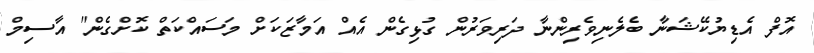
އޮފް އެޑިޔުކޭޝަނާ ބެލެނިވެރިންނާ ދަރިވަރުން ގުޅިގެން އެއް އަމާޒަކަށް މަސައްކަތް ކޮށްގެން" އާސިމް